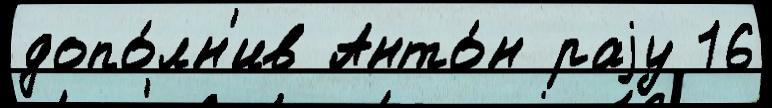
допо́лн'ив Анто́н раjу 16